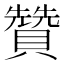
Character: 贊